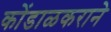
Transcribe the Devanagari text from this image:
कोंडाळकराने